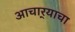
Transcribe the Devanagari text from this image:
आचार्‍याचा